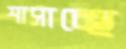
শাসাচ্ছে